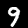
Digit: 9